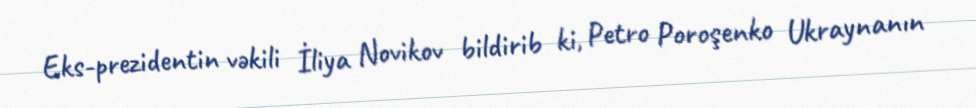
Eks-prezidentin vəkili İliya Novikov bildirib ki, Petro Poroşenko Ukraynanın